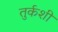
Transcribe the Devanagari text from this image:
तुर्कशी